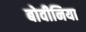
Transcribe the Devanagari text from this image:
बोवीनिया